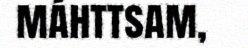
máhttsam,